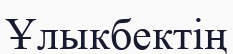
Ұлыкбектің